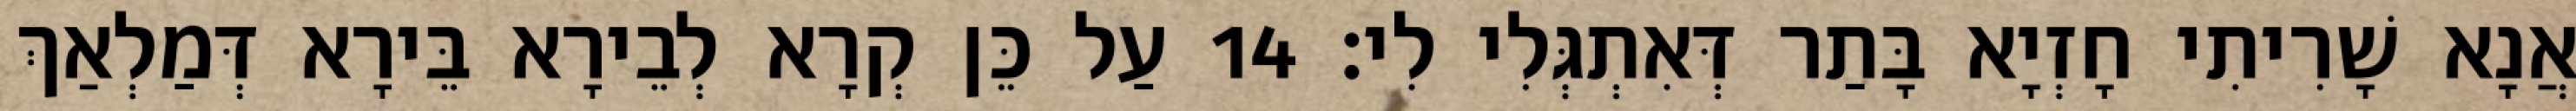
אֲנָא שָׁרִיתִי חָזְיָא בָּתַר דְּאִתְגְּלִי לִי׃ 14 עַל כֵּן קְרָא לְבֵירָא בֵּירָא דְּמַלְאַךְ